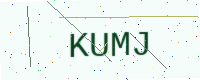
Text: KUMJ